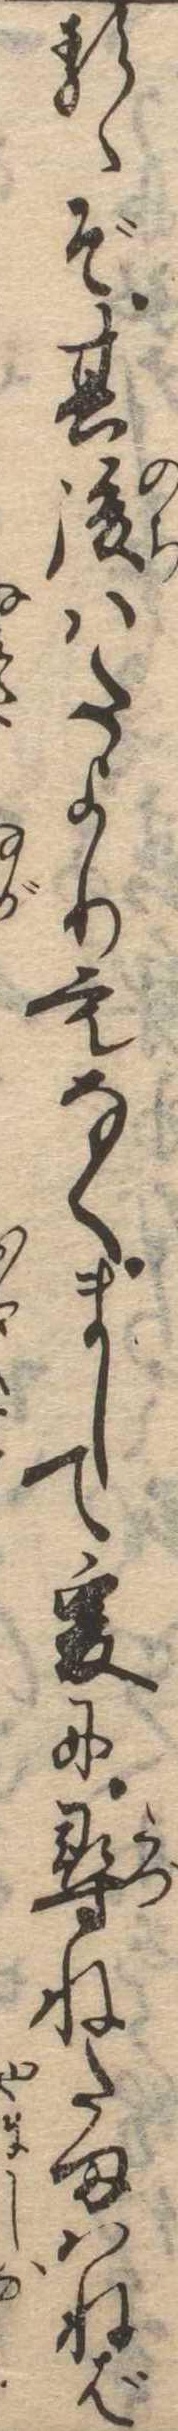
るゝぞ其後はたよりもなくまして爰に尋ねたまはねば